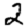
Digit: 2